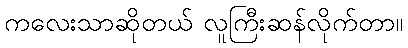
ကလေးသာဆိုတယ် လူကြီးဆန်လိုက်တာ။